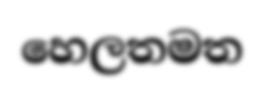
හෙලතමත